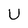
Character: U